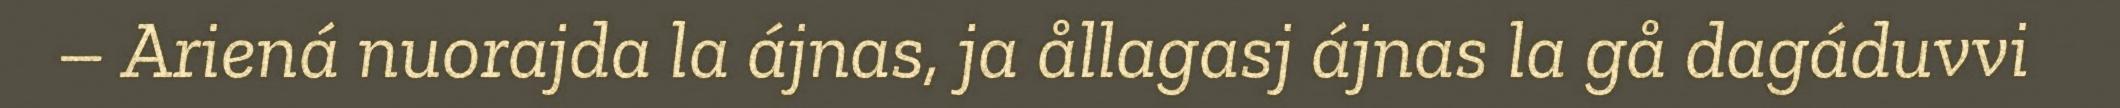
– Ariená nuorajda la ájnas, ja ållagasj ájnas la gå dagáduvvi